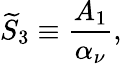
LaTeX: {\widetilde S}_{3}\equiv{\frac{A_{1}}{\alpha_{\nu}}},